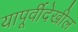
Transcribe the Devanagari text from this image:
यापूर्वीदेखील